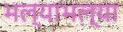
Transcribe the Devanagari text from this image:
भल्याभल्या